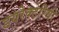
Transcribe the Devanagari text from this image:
डयरेक्टेरियो